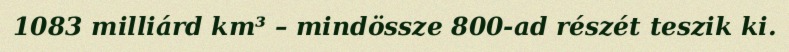
1083 milliárd km³ – mindössze 800-ad részét teszik ki.